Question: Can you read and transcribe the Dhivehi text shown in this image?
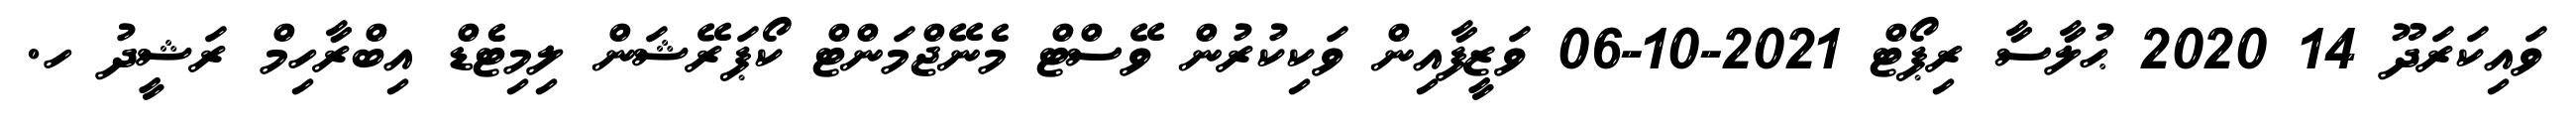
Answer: ވައިކަރަދޫ 14 2020 ޙުލާސާ ރިޕޯޓް 2021-10-06 ވަޒީފާއިން ވަކިކުރުން ވޭސްޓް މެނޭޖްމަންޓް ކޯޕަރޭޝަން ލިމިޓެޑް އިބްރާހިމް ރަޝީދު ހ.